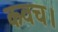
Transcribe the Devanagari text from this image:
कवच।